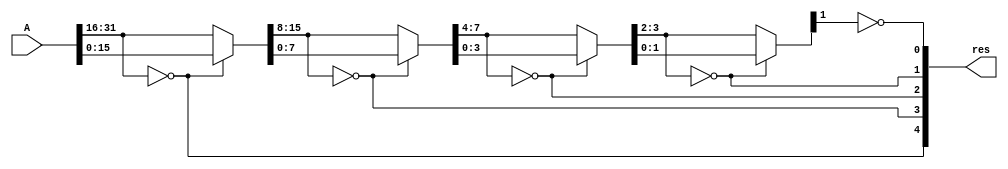
`timescale 1ns / 1ps
//////////////////////////////////////////////////////////////////////////////////
// Company: 
// Engineer: 
// 
// Design Name: 
// Module Name: leadingz
// Project Name: 
// Target Devices: 
// Tool Versions: 
// Description: 
// 
// Dependencies: 
// 
// Revision:
// Revision 0.01 - File Created
// Additional Comments:
// 
//////////////////////////////////////////////////////////////////////////////////


module leadingz(
input [31:0] A,
output [4:0] res
);
wire [15:0] val16;
wire [7:0] val8;
wire [3:0] val4;
wire [1:0] val2;

assign res[4] = A[31:16] == 16'd0;
assign val16 = res[4] ? A[15:0] : A[31:16];
assign res[3] = val16[15:8] == 8'd0;
assign val8 = res[3] ? val16[7:0] : val16[15:8];
assign res[2] = val8[7:4] == 4'd0;
assign val4 = res[2] ? val8[3:0] : val8[7:4];
assign res[1] = val4[3:2] == 2'd0;
assign val2 = res[1] ? val4[1:0] : val4[3:2];
assign res[0] = val2[1] == 1'd0;
//assign res[0] = res[1] ? ~val4[1] : ~val4[3];

endmodule